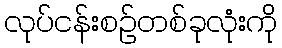
လုပ်ငန်းစဉ်တစ်ခုလုံးကို